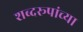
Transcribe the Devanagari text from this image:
शब्दरूपांच्या